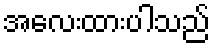
အလေးထားပါသည်